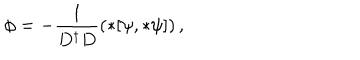
LaTeX: \phi = - \frac { 1 } { D ^ { \dagger } D } \left( * [ \psi , * \psi ] \right) ,